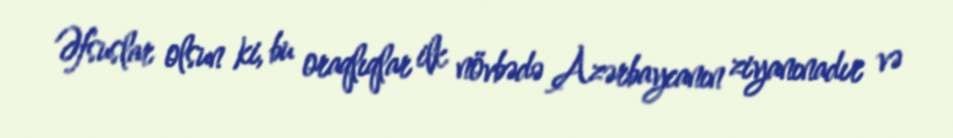
Əfsuslar olsun ki, bu oraqlıqlar ilk növbədə Azərbaycanın ziyanınadır və